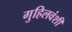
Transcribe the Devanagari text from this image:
गुहिलवंशी